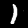
Digit: 1